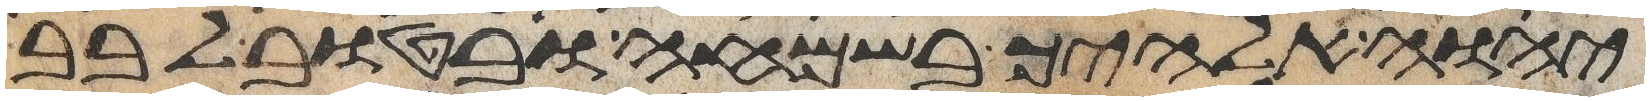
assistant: יהוה אלהיך בשמחה ובטוב לבב